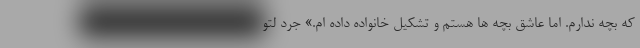
که بچه ندارم. اما عاشق بچه ها هستم و تشکیل خانواده داده ام.» جرد لتو